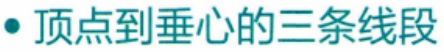
\cdot 顶点到垂心的三条线段